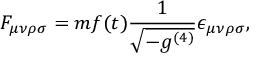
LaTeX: F _ { \mu \nu \rho \sigma } = m f ( t ) \frac { 1 } { \sqrt { - g ^ { ( 4 ) } } } \epsilon _ { \mu \nu \rho \sigma } ,